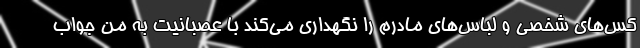
کس‌های شخصی و لباس‌های مادرم را نگهداری می‌کند با عصبانیت به من جواب